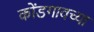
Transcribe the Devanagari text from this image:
कोंडगावच्या